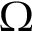
\Omega